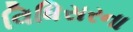
વિધિસરના